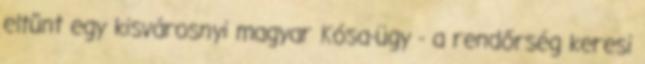
eltűnt egy kisvárosnyi magyar Kósa-ügy - a rendőrség keresi